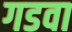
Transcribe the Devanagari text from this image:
गडवा